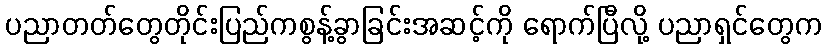
ပညာတတ်တွေတိုင်းပြည်ကစွန့်ခွာခြင်းအဆင့်ကို ရောက်ပြီလို့ ပညာရှင်တွေက